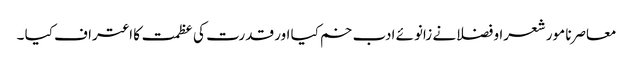
معاصرنا مور شعرا و فضلانے زانوئے ادب خم کیا اور قدرت کی عظمت کا اعتراف کیا ۔